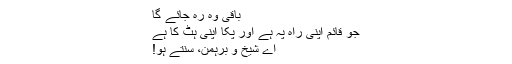
باقی وہ رہ جائے گا
جو قائم اپنی راہ پہ ہے اور پکّا اپنی ہَٹ کا ہے
اے شیخ و برہمن، سُنتے ہو!